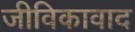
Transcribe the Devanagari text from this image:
जीविकावाद